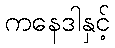
ကနေဒါနှင့်